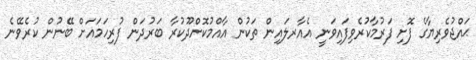
ޙައްޖުވެރިޔާގެ ފޮށި ފަރުމާކުރެވިފައިވަނީ އެއާރލައިން ތަކުން އާއްމުކޮށްދޫކުރާ ބަރުދަން ފުރިހަމައަށް ބޭނުން ކުރެވޭނެ